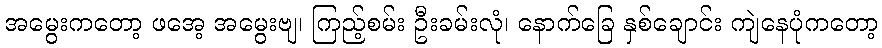
အမွေးကတော့ ဖအေ့ အမွေးဗျ၊ ကြည့်စမ်း ဦးခမ်းလုံ၊ နောက်ခြေ နှစ်ချောင်း ကျဲနေပုံကတော့